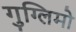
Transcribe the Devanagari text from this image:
गुग्लिमो